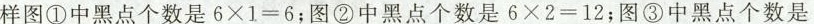
样图①中黑点个数是$$6 \times 1 = 6$$；图②中黑点个数是$$6 \times 2 =12$$；图③中黑点个数是